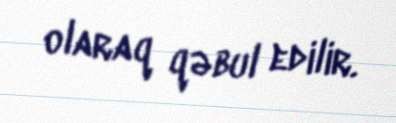
olaraq qəbul edilir.